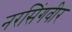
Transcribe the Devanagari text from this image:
नरसिंगवीर